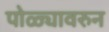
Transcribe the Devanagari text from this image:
पोळ्यावरुन